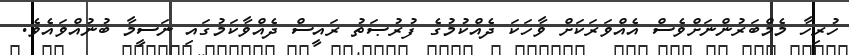
ހުރިހާ މެމްބަރުންނަށްވެސް އެއްވަރަކަށް ވާހަކަ ދެއްކުމުގެ ފުރުޞަތު ރައީސް ދެއްވާކަމުގައި ނަސީމާ ބުނުއްވައެވެ.